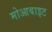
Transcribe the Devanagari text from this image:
मोआबाइट